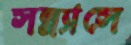
সন্ন্যাসে